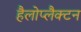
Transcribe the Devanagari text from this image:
हैलोप्लैक्टन